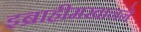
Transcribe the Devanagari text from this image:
इब्राहीमखानने